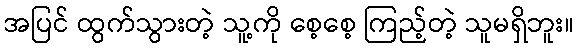
အပြင် ထွက်သွားတဲ့ သူ့ကို စေ့စေ့ ကြည့်တဲ့ သူမရှိဘူး။